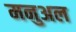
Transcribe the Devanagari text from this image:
मनुअल